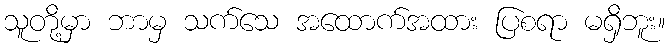
သူတို့မှာ ဘာမှ သက်သေ အထောက်အထား ပြစရာ မရှိဘူး။